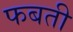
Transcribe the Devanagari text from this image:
फबती